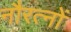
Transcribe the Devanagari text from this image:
नौरत्नों